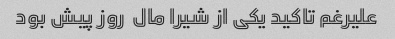
علیرغم تاکید یکی از شیرا مال  روز پیش بود